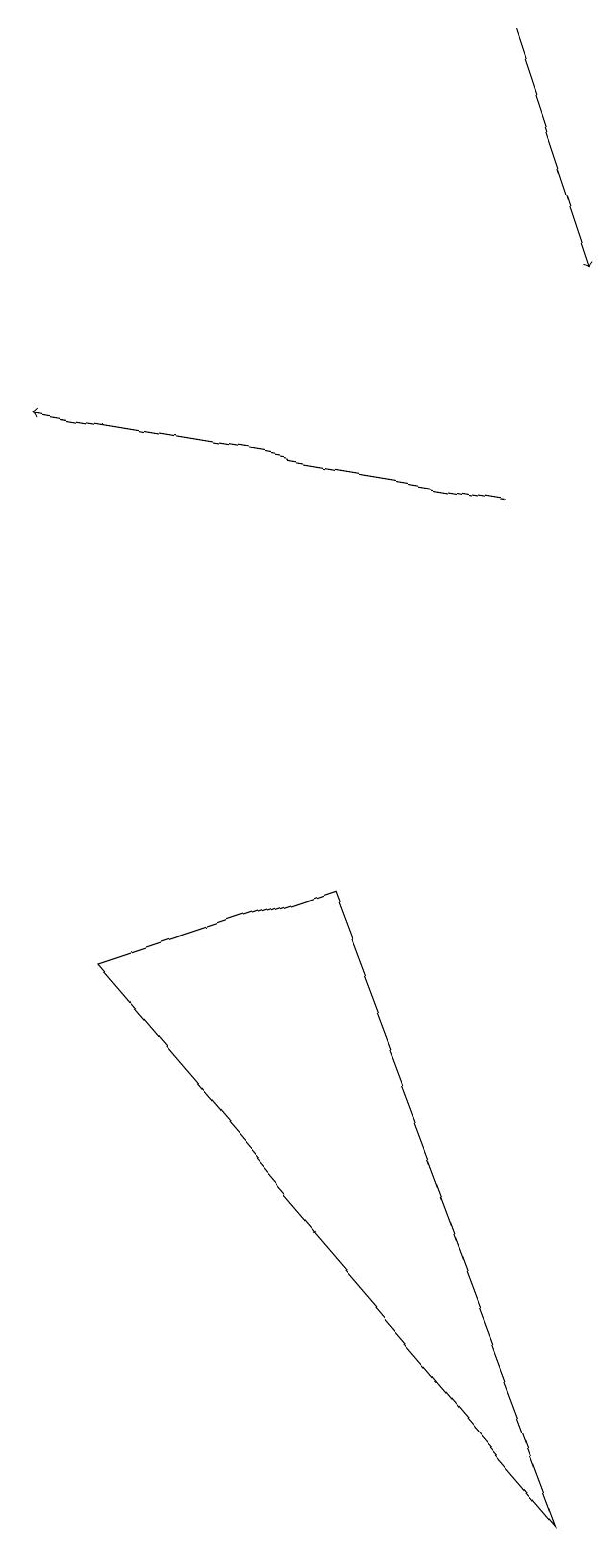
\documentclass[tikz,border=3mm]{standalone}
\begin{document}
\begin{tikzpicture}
\draw[->] (6,19) -- (7,16);
\draw[->] (6,13) -- (0,14);
\draw (4,8) -- (1,7) -- (7,0) -- cycle;
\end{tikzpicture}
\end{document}